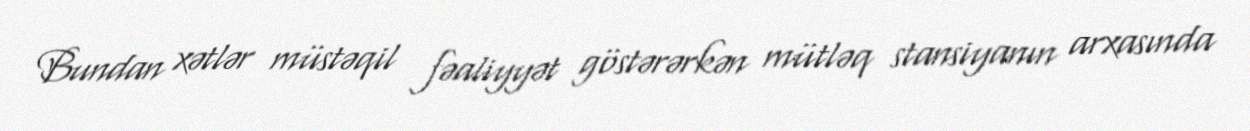
Bundan xətlər müstəqil fəaliyyət göstərərkən mütləq stansiyanın arxasında